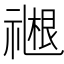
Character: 𬓓